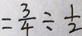
= \frac { 3 } { 4 } \div \frac { 1 } { 2 }